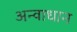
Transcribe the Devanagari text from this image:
अन्वाधान